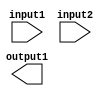
`timescale 1ns / 1ps
//////////////////////////////////////////////////////////////////////////////////
// Company: 
// Engineer: 
// 
// Design Name: 
// Module Name:    and 
// Project Name: 
// Target Devices: 
// Tool versions: 
// Description: 
//
// Dependencies: 
//
// Revision: 
// Revision 0.01 - File Created
// Additional Comments: 
//
//////////////////////////////////////////////////////////////////////////////////
module andunit(
    input [31:0] input1,
    input [31:0] input2,
    output [31:0] output1
    );

assign ouput1=input1&input2;

endmodule